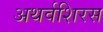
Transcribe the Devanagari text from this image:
अथर्वशिरस